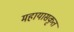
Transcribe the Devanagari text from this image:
महायासकृत